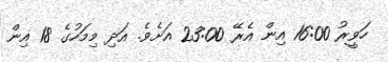
ހަވީރު 16:00 އިން އެރޭ 23:00 އަށެވެ. އަދި މިމަހުގެ 18 އިން